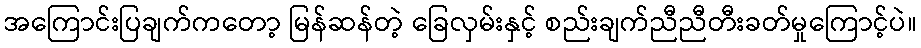
အကြောင်းပြချက်ကတော့ မြန်ဆန်တဲ့ ခြေလှမ်းနှင့် စည်းချက်ညီညီတီးခတ်မှုကြောင့်ပဲ။